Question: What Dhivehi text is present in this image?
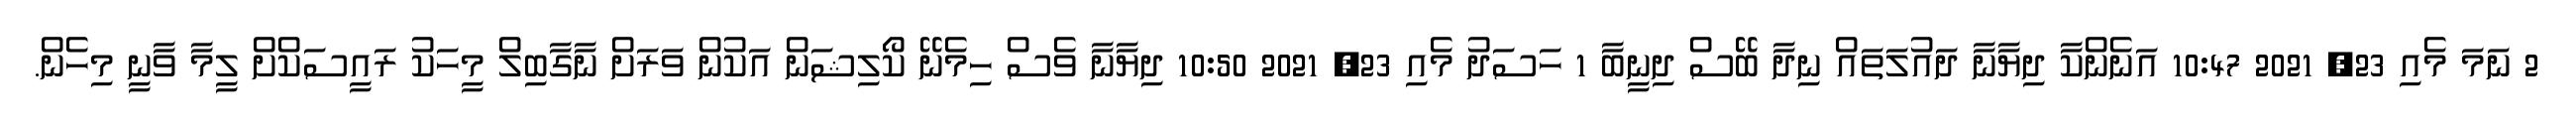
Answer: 2 ނަމަ މެއި 23, 2021 10:47 އަނެންކާ ދިޔާނާ ދައުލަތައް ނިދާ ބޭސް ދިނީބާ 1 ހަސަދު މެއި 23, 2021 10:50 ދިޔާނާ ވެސް ހިމެނޭ ކޯލިޝަން އަކުން ވަރަށް ނާގާބިލް މީހަކު ރައީސަކްށް ލީމާ ވާނީ މިހެން.